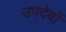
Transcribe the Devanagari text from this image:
उपदेवों